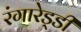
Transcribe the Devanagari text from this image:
रंगारेड्‍डी